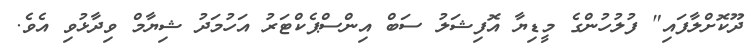
ދޫކޮށްލާފައި" ފުލުހުންގެ މީޑިޔާ އޮފިޝަލު ސަބް އިންސްޕެކްޓަރު އަހުމަދު ޝިޔާމް ވިދާޅުވި އެވެ.